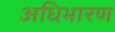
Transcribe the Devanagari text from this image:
अधिभारण